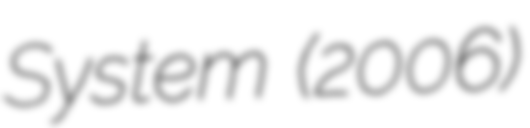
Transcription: System (2006)